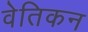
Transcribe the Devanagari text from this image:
वेतिकन